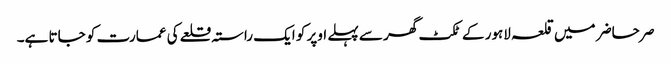
صر حاضر میں قلعہ لاہور کے ٹکٹ گھر سے پہلے اوپر کو ایک راستہ قلعے کی عمارت کو جاتا ہے۔